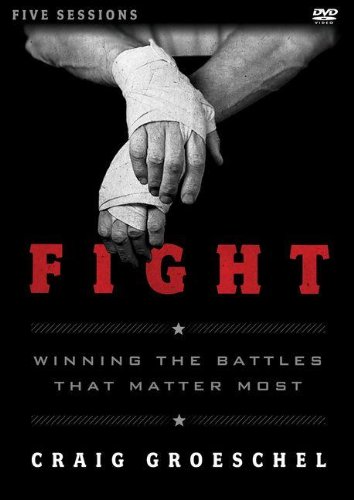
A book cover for Fight Study Guide with DVD: Winning the Battles That Matter Most; Craig Groeschel; Christian Books & Bibles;